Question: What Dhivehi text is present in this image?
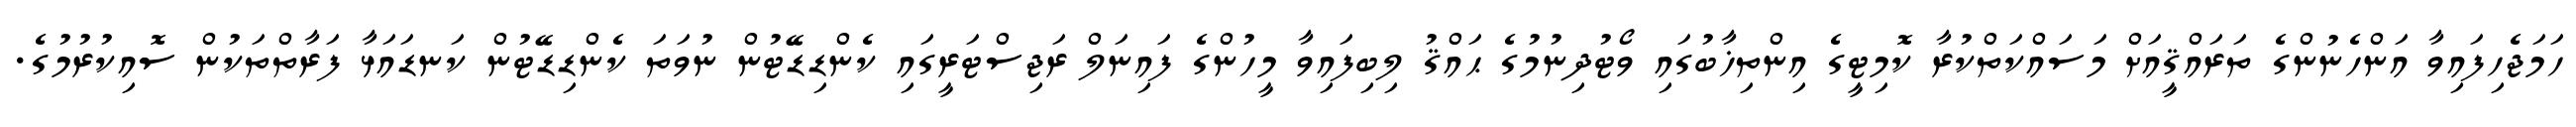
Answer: ހަމަޖެހިފައިވާ އަންހެނުންގެ ތަރައްޤީއަށް މަސައްކަތްކުރާ ކޮމިޓީގެ އިންތިޚާބުގައި ވޯޓުދިނުމުގެ ޙައްޤު ލިބިފައިވާ މީހުންގެ ފައިނަލް ރަޖިސްޓަރީގައި ކެންޑިޑޭޓުން ނުވަތަ ކެންޑިޑޭޓުން ކަނޑައަޅާ ފަރާތްތަކުން ސޮއިކުރުމުގެ.